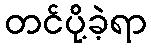
တင်ပို့ခဲ့ရာ